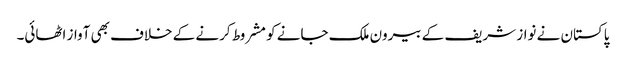
پاکستان نے نواز شریف کے بیرون ملک جانے کو مشروط کرنے کے خلاف بھی آواز اٹھائی۔